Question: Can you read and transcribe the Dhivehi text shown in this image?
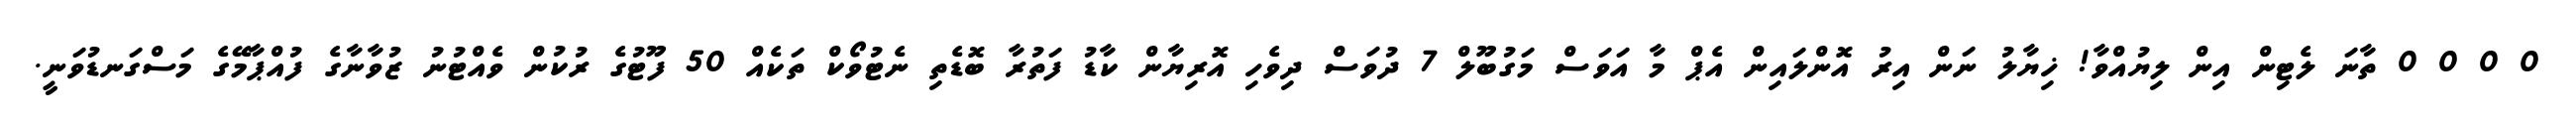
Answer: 0 0 0 0 ތާނަ ލެޓިން އިން ލިޔުއްވާ! ޚިޔާލު ނަން އިރު އޮންލައިން އެޕް މާ އަވަސް މަގުބޫލް 7 ދުވަސް ދިވެހި އޮރިޔާން ކާޑު ފަތުރާ ބޮޑެތި ނެޓުވޯކް ތަކެއް 50 ފޫޓުގެ ރުކުން ވެއްޓުނު ޒުވާނާގެ ފުއްޕާމޭގެ މަސްގަނޑުވަނީ.